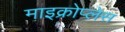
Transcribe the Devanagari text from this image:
माइक्रोप्लेस